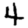
Digit: 4